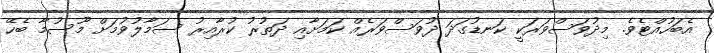
އެބަހުއްޓެވެ. މިދުވަސްވަރަކީ ކަނޑުގަދަ ދުވަސްވަރެއް ކަމަށާއި ދަތުރު ކުރާއިރު ސަމާލުވުމަށް މޫސުމާ ބެހޭ